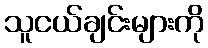
သူငယ်ချင်းများကို